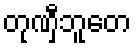
တုဏှီဘူတေ